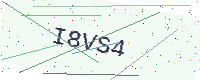
Text: I8VS4